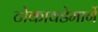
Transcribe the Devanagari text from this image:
टोकावडेमार्गे